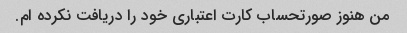
من هنوز صورتحساب کارت اعتباری خود را دریافت نکرده ام.